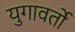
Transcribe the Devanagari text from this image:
युगावर्तो